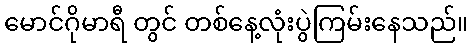
မောင်ဂိုမာရီ တွင် တစ်နေ့လုံးပွဲကြမ်းနေသည်။